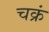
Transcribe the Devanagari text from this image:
चक्रं